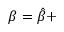
\beta = \hat { \beta } +